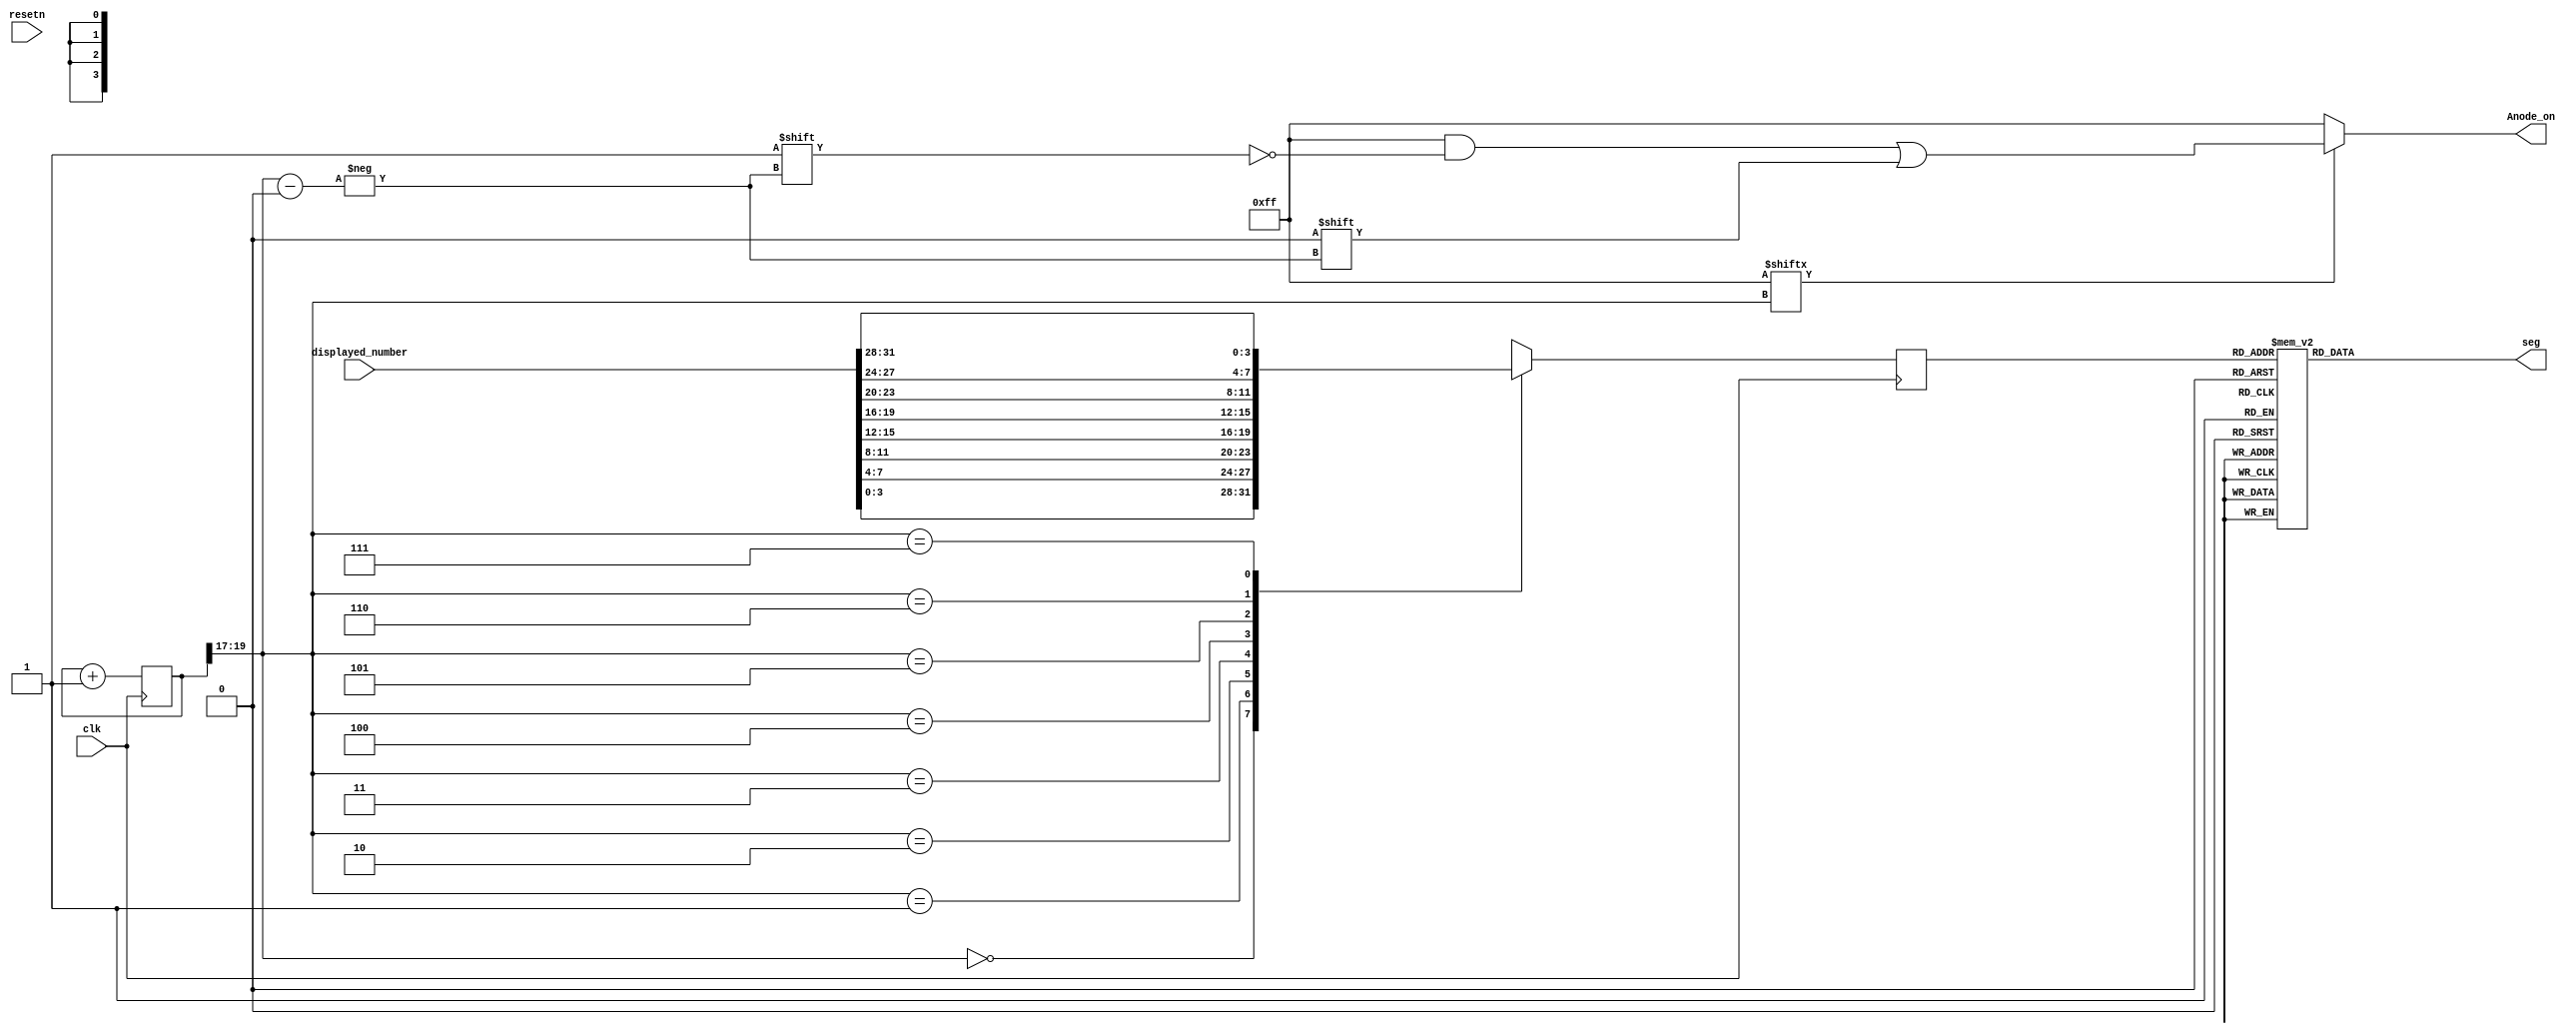
module x7_segment_hex(

	input [31:0] displayed_number,
    input clk,
    input resetn,
    output reg [6:0] seg,
    output reg [7:0] Anode_on
	 );

reg [19:0] period_resfresh;
reg [3:0] number;
wire [7:0] Anode_enable;
wire [2:0] bb;


assign bb = period_resfresh[19:17];
assign Anode_enable = 8'b11111111; // all turned off initially
// Now getting numbers by bus array positions, 4 bits, BCD 

always @(posedge clk)// or posedge clr)
	case(bb)
	    0:      number = displayed_number[3:0];
	    1:      number = displayed_number[7:4];
	    2:      number = displayed_number[11:8];
	    3:      number = displayed_number[15:12];
	    4:      number = displayed_number[19:16];
        5:      number = displayed_number[23:20];
        6:      number = displayed_number[27:24];
        7:      number = displayed_number[31:28];
	    default:    number = displayed_number[3:0];
	endcase
	
	// NOw we have to decode all the possible values for the 7-sEGMENTS dISPLAY
    always @(*)
        case(number)
// /from MSB to LSB ----- all cases for each digit
//////////g f e d c b a ////////////
'hA:    seg = 7'b0001000; 
'hB:    seg = 7'b0000011; 
'hC:    seg = 7'b1000110;
'hD:    seg = 7'b0100001;
'hE:    seg = 7'b0000110;
'hF:    seg = 7'b0001110;
 0:     seg = 7'b1000000;    //  0000
 1:     seg = 7'b1111001;    //  0001
 2:     seg = 7'b0100100;    //  0010												                                                                    __	
 3:     seg = 7'b0110000;    //  0011
 4:     seg = 7'b0011001;    //  0100
 5:     seg = 7'b0010010;    //  0101
 6:     seg = 7'b0000010;    //  0110
 7:     seg = 7'b1111000;    //  0111
 8:     seg = 7'b0000000;    //  1000
 9:     seg = 7'b0010000;    //  1001
 default: seg = 7'b0000000;


endcase
    always @(*)begin
        Anode_on = 8'b11111111;
        if(Anode_enable[bb] == 1)
            Anode_on[bb] = 0;
    end
//period_resfresh
    always @(posedge clk) begin
        period_resfresh <= period_resfresh+1;
    end
endmodule